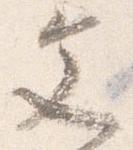
文